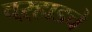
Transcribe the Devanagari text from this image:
वऱ्हाडचे